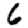
Digit: 6